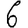
Digit: 6